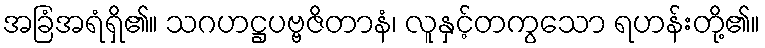
အခြံအရံရှိ၏။ သဂဟဋ္ဌပဗ္ဗဇိတာနံ၊ လူနှင့်တကွသော ရဟန်းတို့၏။